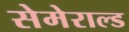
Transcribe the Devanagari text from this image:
सेमेराल्ड